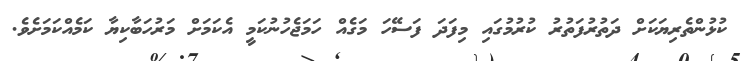
ކުޅުންތެރިޔަކަށް ދަތުރުފަތުރު ކުރުމުގައި މިފަދަ ފަސޭހަ މަގެއް ހަމަޖެހުނުކަމީ އެކަމަށް މަރުހަބާކިޔާ ކަމެއްކަމަށެވެ.